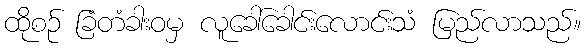
ထိုစဉ် ခြံတံခါးဝမှ လူခေါ်ခေါင်းလောင်းသံ မြည်လာသည်။